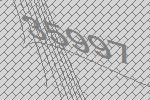
35997